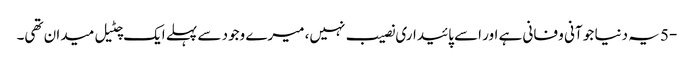
-5 یہ دنیا جو آنی و فانی ہے اور اسے پائیداری نصیب نہیں، میرے وجود سے پہلے ایک چٹیل میدان تھی۔